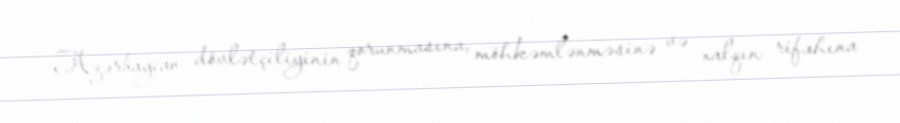
Azərbaycan dövlətçiliyinin qorunmasına, möhkəmlənməsinə və xalqın rifahına